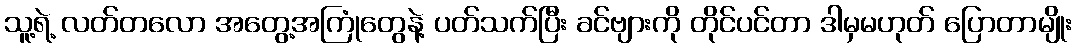
သူ့ရဲ့ လတ်တလော အတွေ့အကြုံတွေနဲ့ ပတ်သက်ပြီး ခင်ဗျားကို တိုင်ပင်တာ ဒါမှမဟုတ် ပြောတာမျိုး